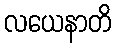
လယေနာတိ